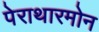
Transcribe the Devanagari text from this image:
पेराथारमोन